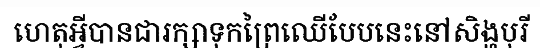
ហេតុអ្វីបានជារក្សាទុកព្រៃឈើបែបនេះនៅសិង្ហបុរី